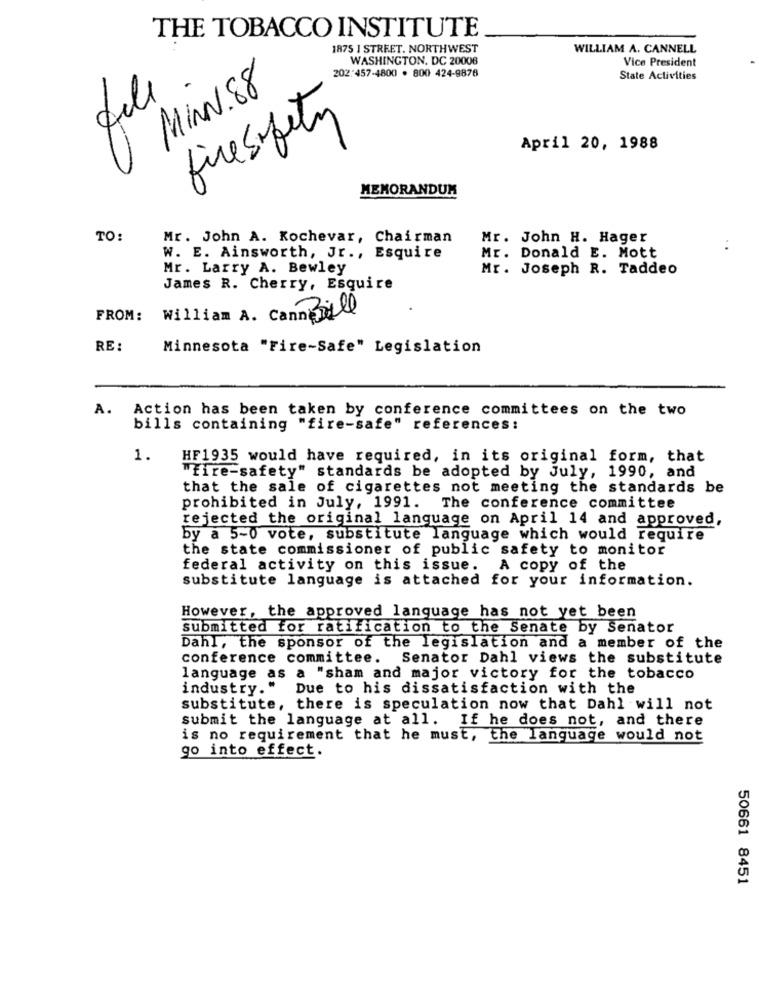
THE TOBACCO INSTITUTE
1875 I STREET. NORTHWEST
WILLIAM A. CANNELL
WASHINGTON, DC 20006
Vice President
202:457-4800 . 800 424-9878
State Activities
MINN. 88
firesafety
April 20, 1988
MEMORANDUM
TO:
Mr. John A. Kochevar, Chairman
Mr. John H. Hager
W. E. Ainsworth, Jr ., Esquire
Mr. Donald E. Mott
Mr. Larry A. Bewley
Mr. Joseph R. Taddeo
James R. Cherry, Esquire
FROM:
William A. Canne vill
RE:
Minnesota "Fire-Safe" Legislation
A.
Action has been taken by conference committees on the two
bills containing "fire-safe" references:
1.
HF1935 would have required, in its original form, that
"fire-safety" standards be adopted by July, 1990, and
that the sale of cigarettes not meeting the standards be
prohibited in July, 1991. The conference committee
rejected the original language on April 14 and approved,
by a 5-0 vote, substitute language which would require
the state commissioner of public safety to monitor
federal activity on this issue. A copy of the
substitute language is attached for your information.
However, the approved language has not yet been
submitted for ratification to the Senate by Senator
Dahl, the sponsor of the legislation and a member of the
conference committee. Senator Dahl views the substitute
language as a "sham and major victory for the tobacco
industry."
Due to his dissatisfaction with the
substitute, there is speculation now that Dahl will not
submit the language at all. If he does not, and there
is no requirement that he must, the language would not
go into effect.
50661 8451